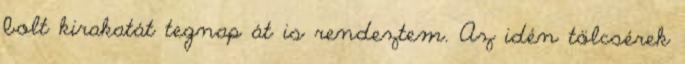
bolt kirakatát tegnap át is rendeztem. Az idén tölcsérek